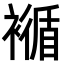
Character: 𧝩